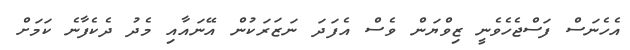
އެހެނަސް ފަސްޖެހެވެނީ ޒިވްޔަން ވެސް އެފަދަ ނަޒަރަކުން އޭނައާއި މެދު ދެކެފާނެ ކަމަށް